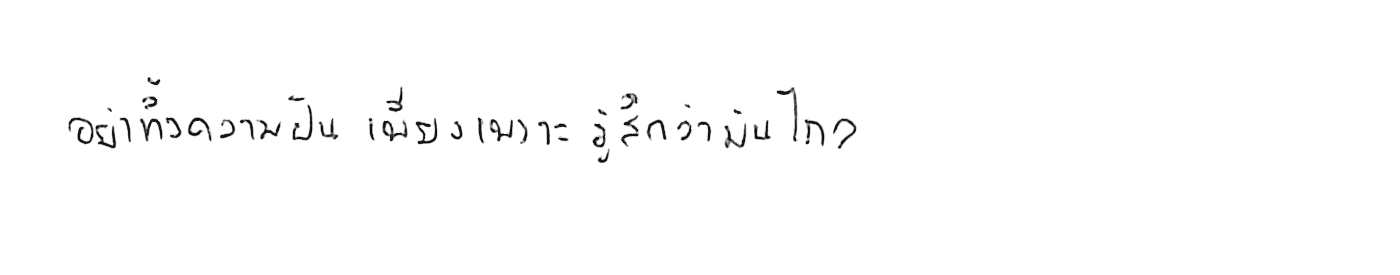
อย่าทิ้งความฝัน เพียงเพราะรู้สึกว่ามันไกล